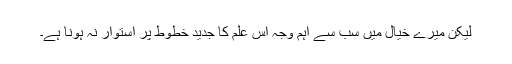
لیکن میرے خیال میں سب سے اہم وجہ اس علم کا جدید خطوط پر استوار نہ ہونا ہے۔